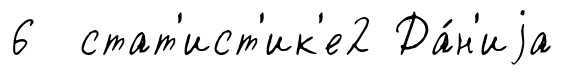
6 стат'ист'ик'е2 Да́н'иjа